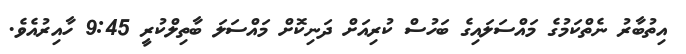
އިތުބާރު ނެތްކަމުގެ މައްސަލައިގެ ބަހުސް ކުރިއަށް ދަނިކޮށް މައްސަލަ ބާތިލްކުރީ 9:45 ހާއިރުއެވެ.